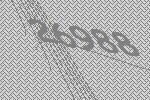
26988